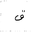
Letter: _qaf